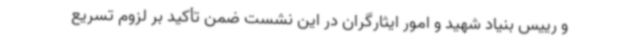
و رییس بنیاد شهید و امور ایثارگران در این نشست ضمن تأکید بر لزوم تسریع